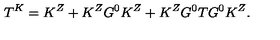
T ^ { K } = K ^ { Z } + K ^ { Z } G ^ { 0 } K ^ { Z } + K ^ { Z } G ^ { 0 } T G ^ { 0 } K ^ { Z } .